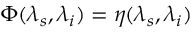
\Phi ( \lambda _ { s } , \lambda _ { i } ) = \eta ( \lambda _ { s } , \lambda _ { i } )